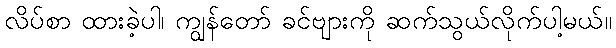
လိပ်စာ ထားခဲ့ပါ၊ ကျွန်တော် ခင်ဗျားကို ဆက်သွယ်လိုက်ပါ့မယ်။